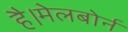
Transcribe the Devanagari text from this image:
है।मेलबोर्न